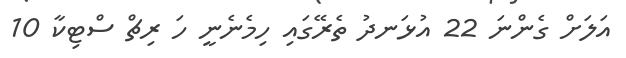
އަލަށް ގެންނަ 22 އުޅަނދު ތެރޭގައި ހިމެނެނީ ހަ ރިޗް ސްޓިކާ 10